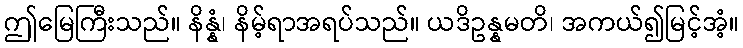
ဤမြေကြီးသည်။ နိန္နံ၊ နိမ့်ရာအရပ်သည်။ ယဒိဥန္နမတိ၊ အကယ်၍မြင့်အံ့။